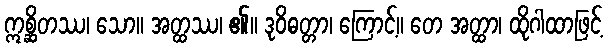
ဣစ္ဆိတဿ၊ သော။ အတ္ထဿ၊ ၏။ ဒုဝိဓတ္တာ၊ ကြောင့်။ တေ အတ္ထာ၊ ထိုဂါထာဖြင့်